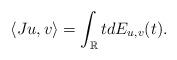
LaTeX: \begin{align*}\langle Ju,v \rangle=\int_\mathbb{R}tdE_{u,v}(t). \end{align*}